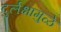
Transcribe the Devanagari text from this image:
दुर्लक्षामुळे